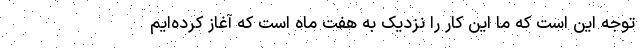
توجه این است که ما این کار را نزدیک به هفت ماه است که آغاز کرده‌ایم